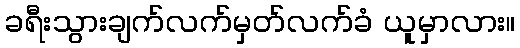
ခရီးသွားချက်လက်မှတ်လက်ခံ ယူမှာလား။